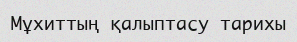
Мұхиттың қалыптасу тарихы